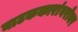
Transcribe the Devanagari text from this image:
नाटककारांबरोबर